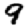
Digit: 9